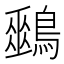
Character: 𪅈